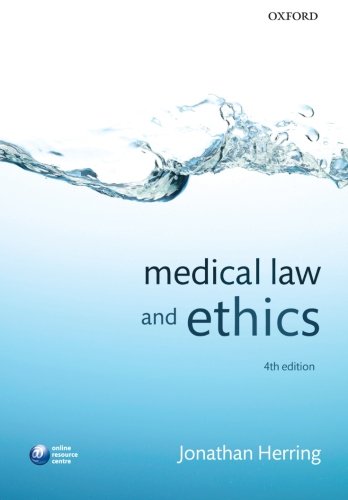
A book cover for Medical Law and Ethics; Jonathan Herring; Law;